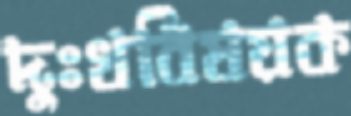
দুঃখবিষয়ক